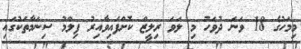
މިމަހުގެ 18 ވަނަ ދުވަހު މި ލަވަ ރިލީޒް ކޮށްފައިވާއިރު ފިލްމު ސިނަމާތަކުގައި